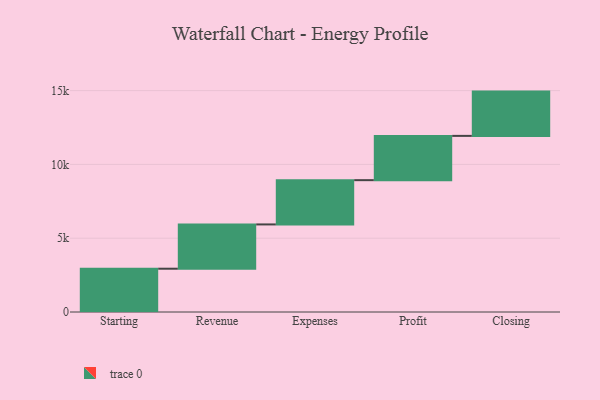
{"axis": {"x": "Step", "y": "Value"}, "legend": [""], "data": [{"x": "Starting", "y": 2933.0, "type": ""}, {"x": "Revenue", "y": 3000, "type": ""}, {"x": "Expenses", "y": 3000, "type": ""}, {"x": "Profit", "y": 3000, "type": ""}, {"x": "Closing", "y": 3000, "type": ""}]}